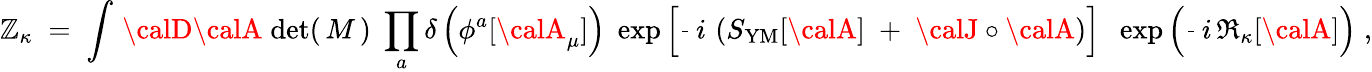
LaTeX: \mathbb{Z}_{\kappa}\; =\; \int\, {\calD}{\calA}\; \mathrm{{det}}(\, M\, )\; \prod_{a}\delta\left(\phi^{a}[{\calA}_{\mu}]\right)\; \exp\left[\frac{{}}{{}}\, i\, \left(S_{\mathrm{{YM}}}[{\calA}]\; +\; {\calJ}\circ{\calA}\right)\right]\; \; \exp\left(\frac{{}}{{}}\, i\, \Re_{\kappa}[{\calA}]\right)\; ,